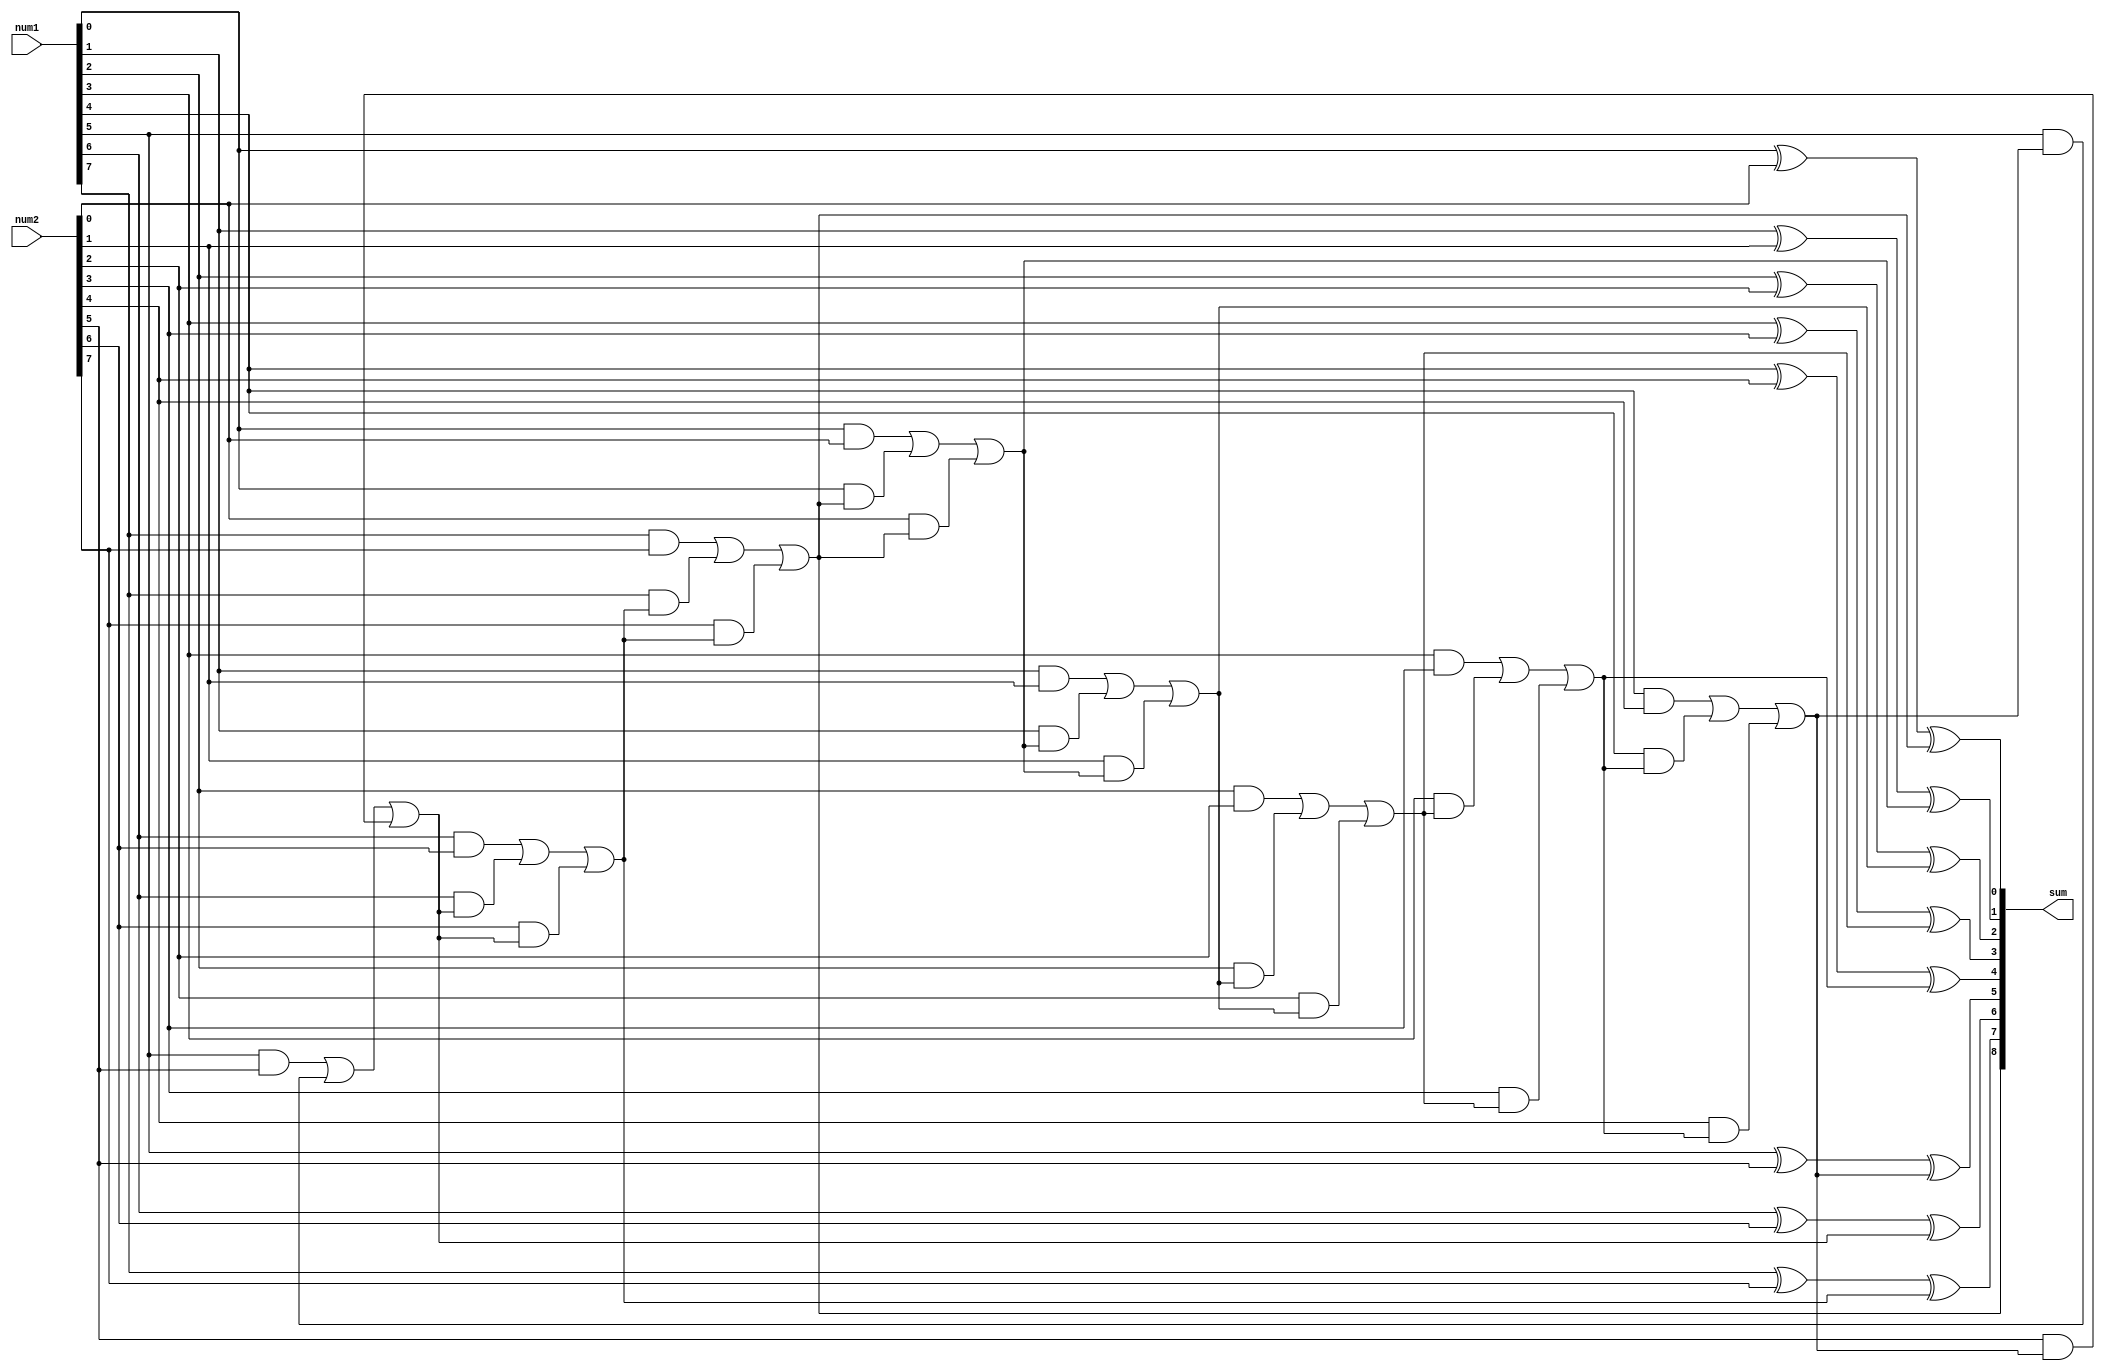
module adder (
    input [7:0] num1,
    input [7:0] num2,
    output reg [8:0] sum
);

reg carry;
integer i;

always @ (num1, num2)
begin
    sum[0] = num1[0] ^ num2[0] ^ carry;
    carry = (num1[0] & num2[0]) | (num1[0] & carry) | (num2[0] & carry);
    
    for (i = 1; i < 8; i = i + 1)
    begin
        sum[i] = num1[i] ^ num2[i] ^ carry;
        carry = (num1[i] & num2[i]) | (num1[i] & carry) | (num2[i] & carry);
    end
    
    sum[8] = carry;
end

endmodule